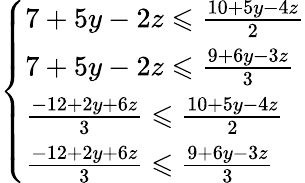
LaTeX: {\left\{ \begin{array}{ll}{7+5y-2z\leqslant{\frac{10+5y-4z}{2}}}\\ {7+5y-2z\leqslant{\frac{9+6y-3z}{3}}}\\ {{\frac{-12+2y+6z}{3}}\leqslant{\frac{10+5y-4z}{2}}}\\ {{\frac{-12+2y+6z}{3}}\leqslant{\frac{9+6y-3z}{3}}}\end{array}\right.}